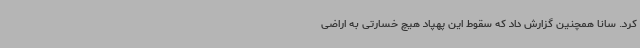
کرد. سانا همچنین گزارش داد که سقوط این پهپاد هیچ خسارتی به اراضی